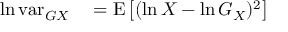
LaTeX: \begin{array} { r l } { \ln \operatorname { v a r } _ { G X } } & { { } = \operatorname { E } \left[ ( \ln X - \ln G _ { X } ) ^ { 2 } \right] } \end{array}